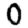
Digit: 0